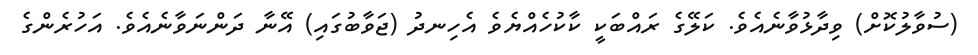
(ސުވާލުކޮށް) ވިދާޅުވާނެއެވެ. ކަލޭގެ ރައްބަކީ ކާކުހެއްޔެވެ އެހިނދު (ޖަވާބުގައި) އޭނާ ދަންނަވާނެއެވެ. އަހުރެންގެ